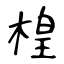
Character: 楻